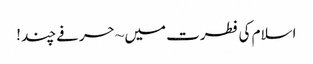
اسلام کی فطرت میں ~ حرفے چند !